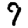
Digit: 9